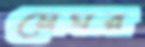
মেঘর